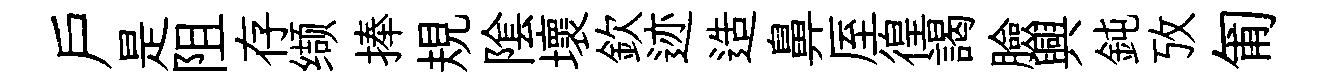
戶是阻存缬捧規隂壞欽迹造鼻厔徨謁臉興鈍攷匍